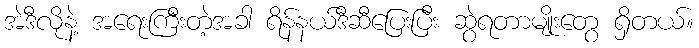
အဲဒီလိုနဲ့ အရေးကြီးတဲ့အခါ ရိန်နယ်ဒီဆီပြေးပြီး ဆွဲရတာမျိုးတွေ ရှိတယ်။